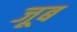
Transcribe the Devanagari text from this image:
जूब